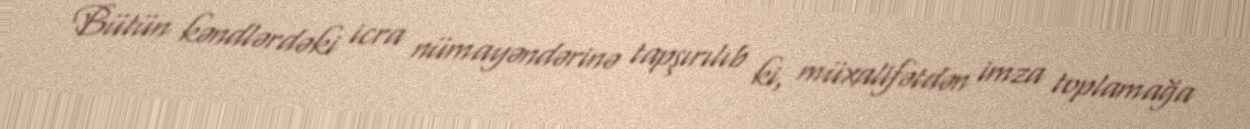
Bütün kəndlərdəki icra nümayəndərinə tapşırılıb ki, müxalifətdən imza toplamağa